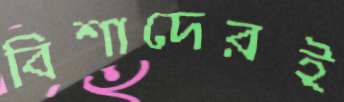
বিশাদেরই